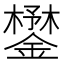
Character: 𨬮